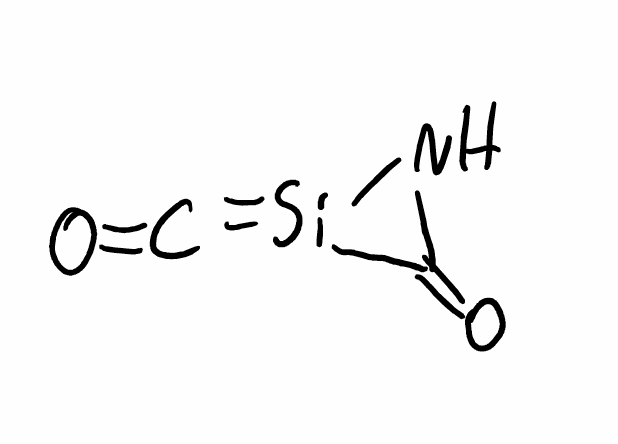
Simplified molecular-input line-entry system (SMILES) notation of the given molecule:
C(=O)=[Si]1C(=O)N1